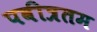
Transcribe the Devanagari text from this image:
पवीत्रतम